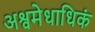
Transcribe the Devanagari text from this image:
अश्वमेधाधिकं